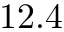
1 2 . 4